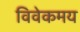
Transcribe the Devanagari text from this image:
विवेकमय